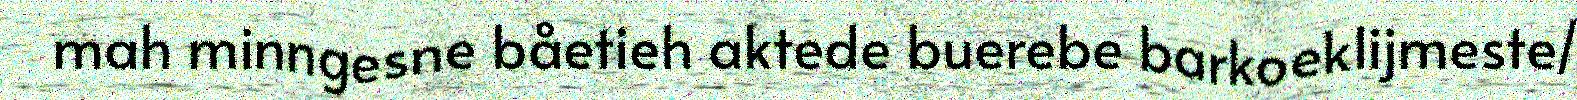
mah minngesne båetieh aktede buerebe barkoeklijmeste/